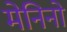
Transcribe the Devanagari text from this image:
मेनिनो